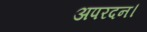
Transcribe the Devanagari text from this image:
अपरदन।